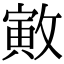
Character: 㪦